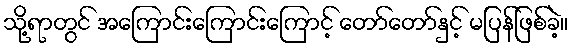
သို့ရာတွင် အကြောင်းကြောင်းကြောင့် တော်တော်နှင့် မပြန်ဖြစ်ခဲ့။